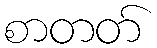
စာတတ်